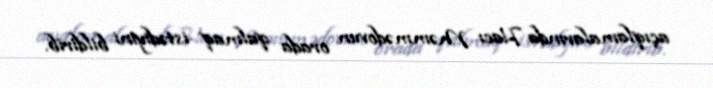
açıqlamalarında Hacı Məmmədovun orada qalmaq istədiyini bildirib.